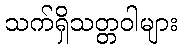
သက်ရှိသတ္တဝါများ